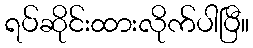
ရပ်ဆိုင်းထားလိုက်ပါပြီ။